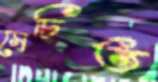
সেচিত